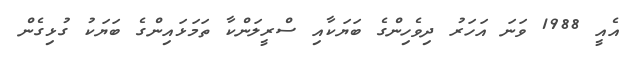
އެއީ 1988 ވަނަ އަހަރު ދިވެހިންގެ ބަޔަކާއި ސްރީލަންކާ ތަމަޅައިންގެ ބަޔަކު ގުޅިގެން